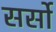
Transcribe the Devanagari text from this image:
सर्सो